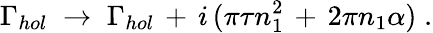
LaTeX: \Gamma_{hol}\; \to\; \Gamma_{hol}\, +\, i\, (\pi\tau n_{1}^{2}\, +\, 2\pi n_{1}\alpha)\; .